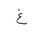
Letter: _gayn